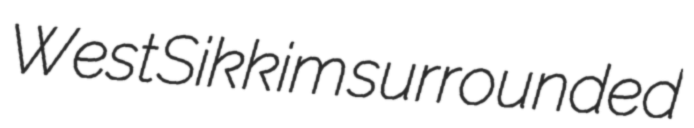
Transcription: West Sikkim surrounded